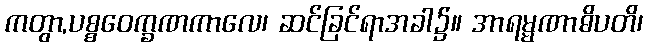
ကတွာ,ပစ္စဝေက္ခဏကာလေ၊ ဆင်ခြင်ရာအခါ၌။ အာရမ္မဏာဓိပတိ၊